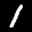
Label: 1